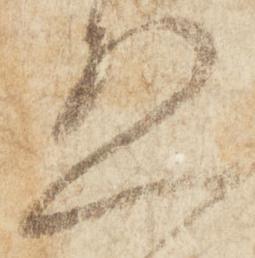
恐